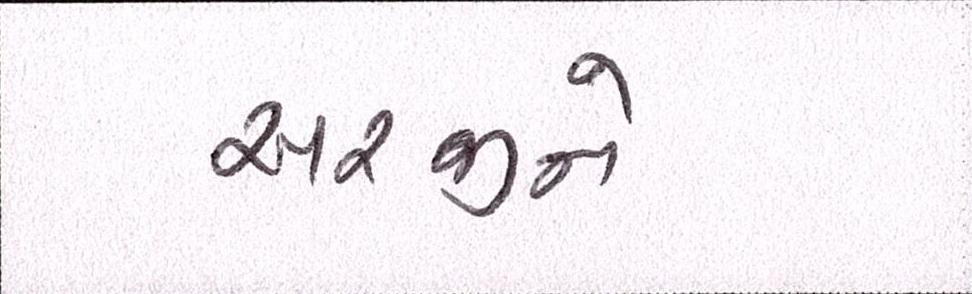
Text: અરજીને